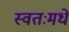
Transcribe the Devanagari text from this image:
स्वतःमधे